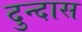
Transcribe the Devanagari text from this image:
दुन्दास